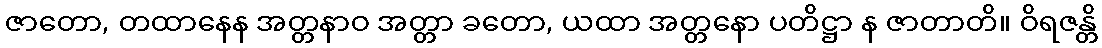
ဇာတော, တထာနေန အတ္တနာဝ အတ္တာ ခတော, ယထာ အတ္တနော ပတိဋ္ဌာ န ဇာတာတိ။ ဝိရဇန္တိ